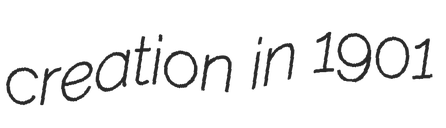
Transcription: creation in 1901